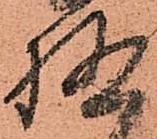
極